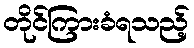
တိုင်ကြားခံရသည့်